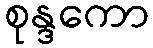
စုန္ဒကော